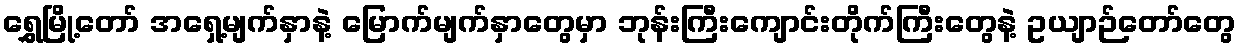
ရွှေမြို့တော် အရှေ့မျက်နှာနဲ့ မြောက်မျက်နှာတွေမှာ ဘုန်းကြီးကျောင်းတိုက်ကြီးတွေနဲ့ ဥယျာဉ်တော်တွေ